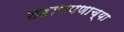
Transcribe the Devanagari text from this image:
शहाणपणाच्या